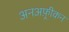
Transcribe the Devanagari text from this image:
अनअफ़्रीकन